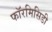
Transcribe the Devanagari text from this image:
फॉरमिसिडी